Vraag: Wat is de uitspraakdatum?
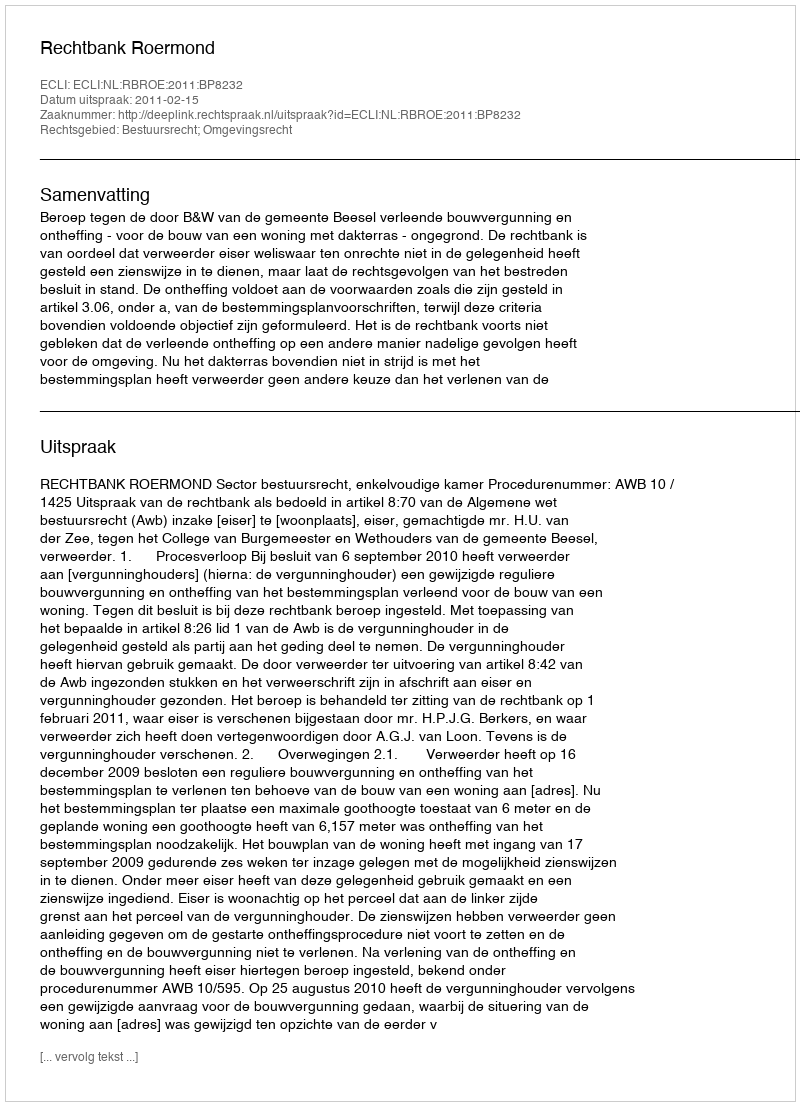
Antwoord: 2011-02-15